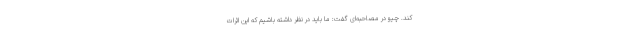
کند. چیو در مصاحبه‌ای گفت: ما باید در نظر داشته‌ باشیم که این اثرات